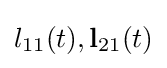
l_{11}(t),\mathbf {l} _{21}(t)